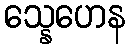
သ္နေဟေန